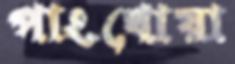
পাংখোয়া